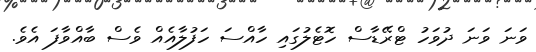
ވަނަ ވަނަ ދުވަހު ޓްރޭޑާސް ހޮޓެލުގައި ހާއްސަ ހަފުލާއެއް ވެސް ބާއްވާފަ އެވެ.